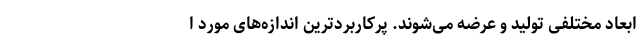
ابعاد مختلفی تولید و عرضه می‌شوند. پرکاربردترین اندازه‌های مورد ا